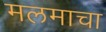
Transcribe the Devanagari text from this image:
मलमाचा